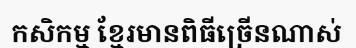
កសិកម្ម ខ្មែរមានពិធីច្រើនណាស់